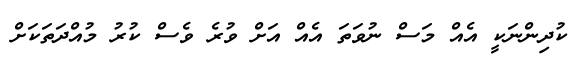
ކުދިންނަކީ އެއް މަސް ނުވަތަ އެއް އަށް ވުރެ ވެސް ކުރު މުއްދަތަކަށް